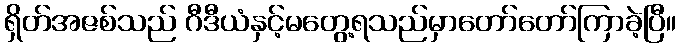
ရှိတ်အဇစ်သည် ဂီဒီယံနှင့်မတွေ့ရသည်မှာတော်တော်ကြာခဲ့ပြီ။